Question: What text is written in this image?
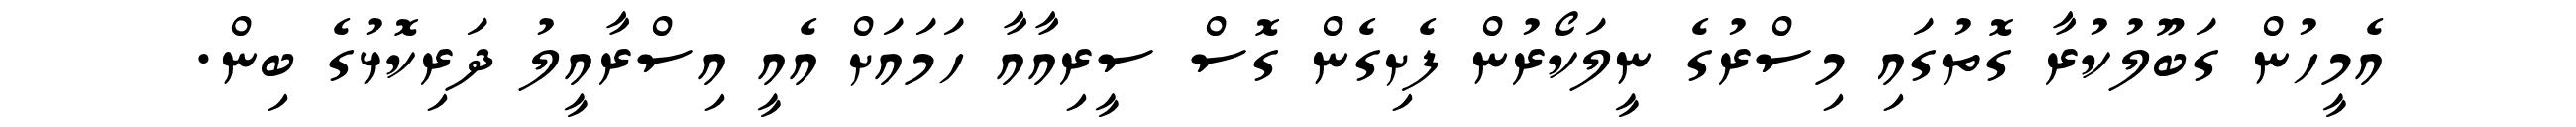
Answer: އެމީހުން ގަބޫލުކުރާ ގޮތުގައި މިސްރުގެ ނީލަކޯރުން ފެށިގެން ގޮސް ސީރިއާއާ ހަމައަށް އެއީ އިސްރާއީލު ދަރިކޮޅުގެ ބިން.